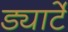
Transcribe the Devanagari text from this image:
ड्यार्टे